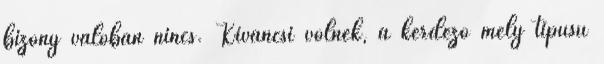
bizony valóban nincs. Kíváncsi volnék, a kérdező mely típusú